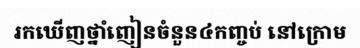
រកឃើញថ្នាំញៀនចំនួន៤កញ្ចប់ នៅក្រោម